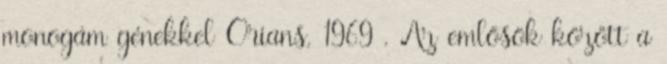
monogám génekkel Orians, 1969 . Az emlősök között a